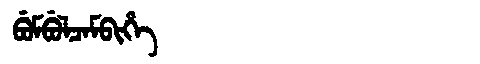
Manchu: ᠪᡠᠮᠪᡠᠯᠴᠠᠮᠪᡳᡥᡝ
Romanization: BUMBULCAMBIHE